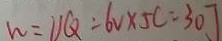
h = U Q = 6 V \times 5 C = 3 0 J